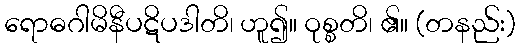
ရောဓဂါမိနီပဋိပဒါတိ၊ ဟူ၍။ ဝုစ္စတိ၊ ၏။ (တနည်း)